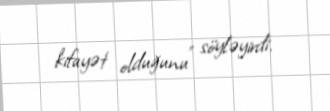
kifayət olduğunu" söyləyirdi.